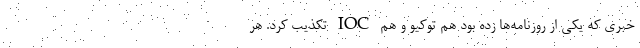
خبری که یکی از روزنامه‌ها زده بود هم توکیو و هم IOC تکذیب کرد. هر